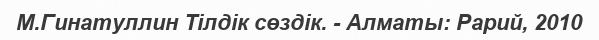
М.Гинатуллин Тілдік сөздік. - Алматы: Рарий, 2010